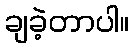
ချခဲ့တာပါ။